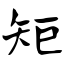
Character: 矩